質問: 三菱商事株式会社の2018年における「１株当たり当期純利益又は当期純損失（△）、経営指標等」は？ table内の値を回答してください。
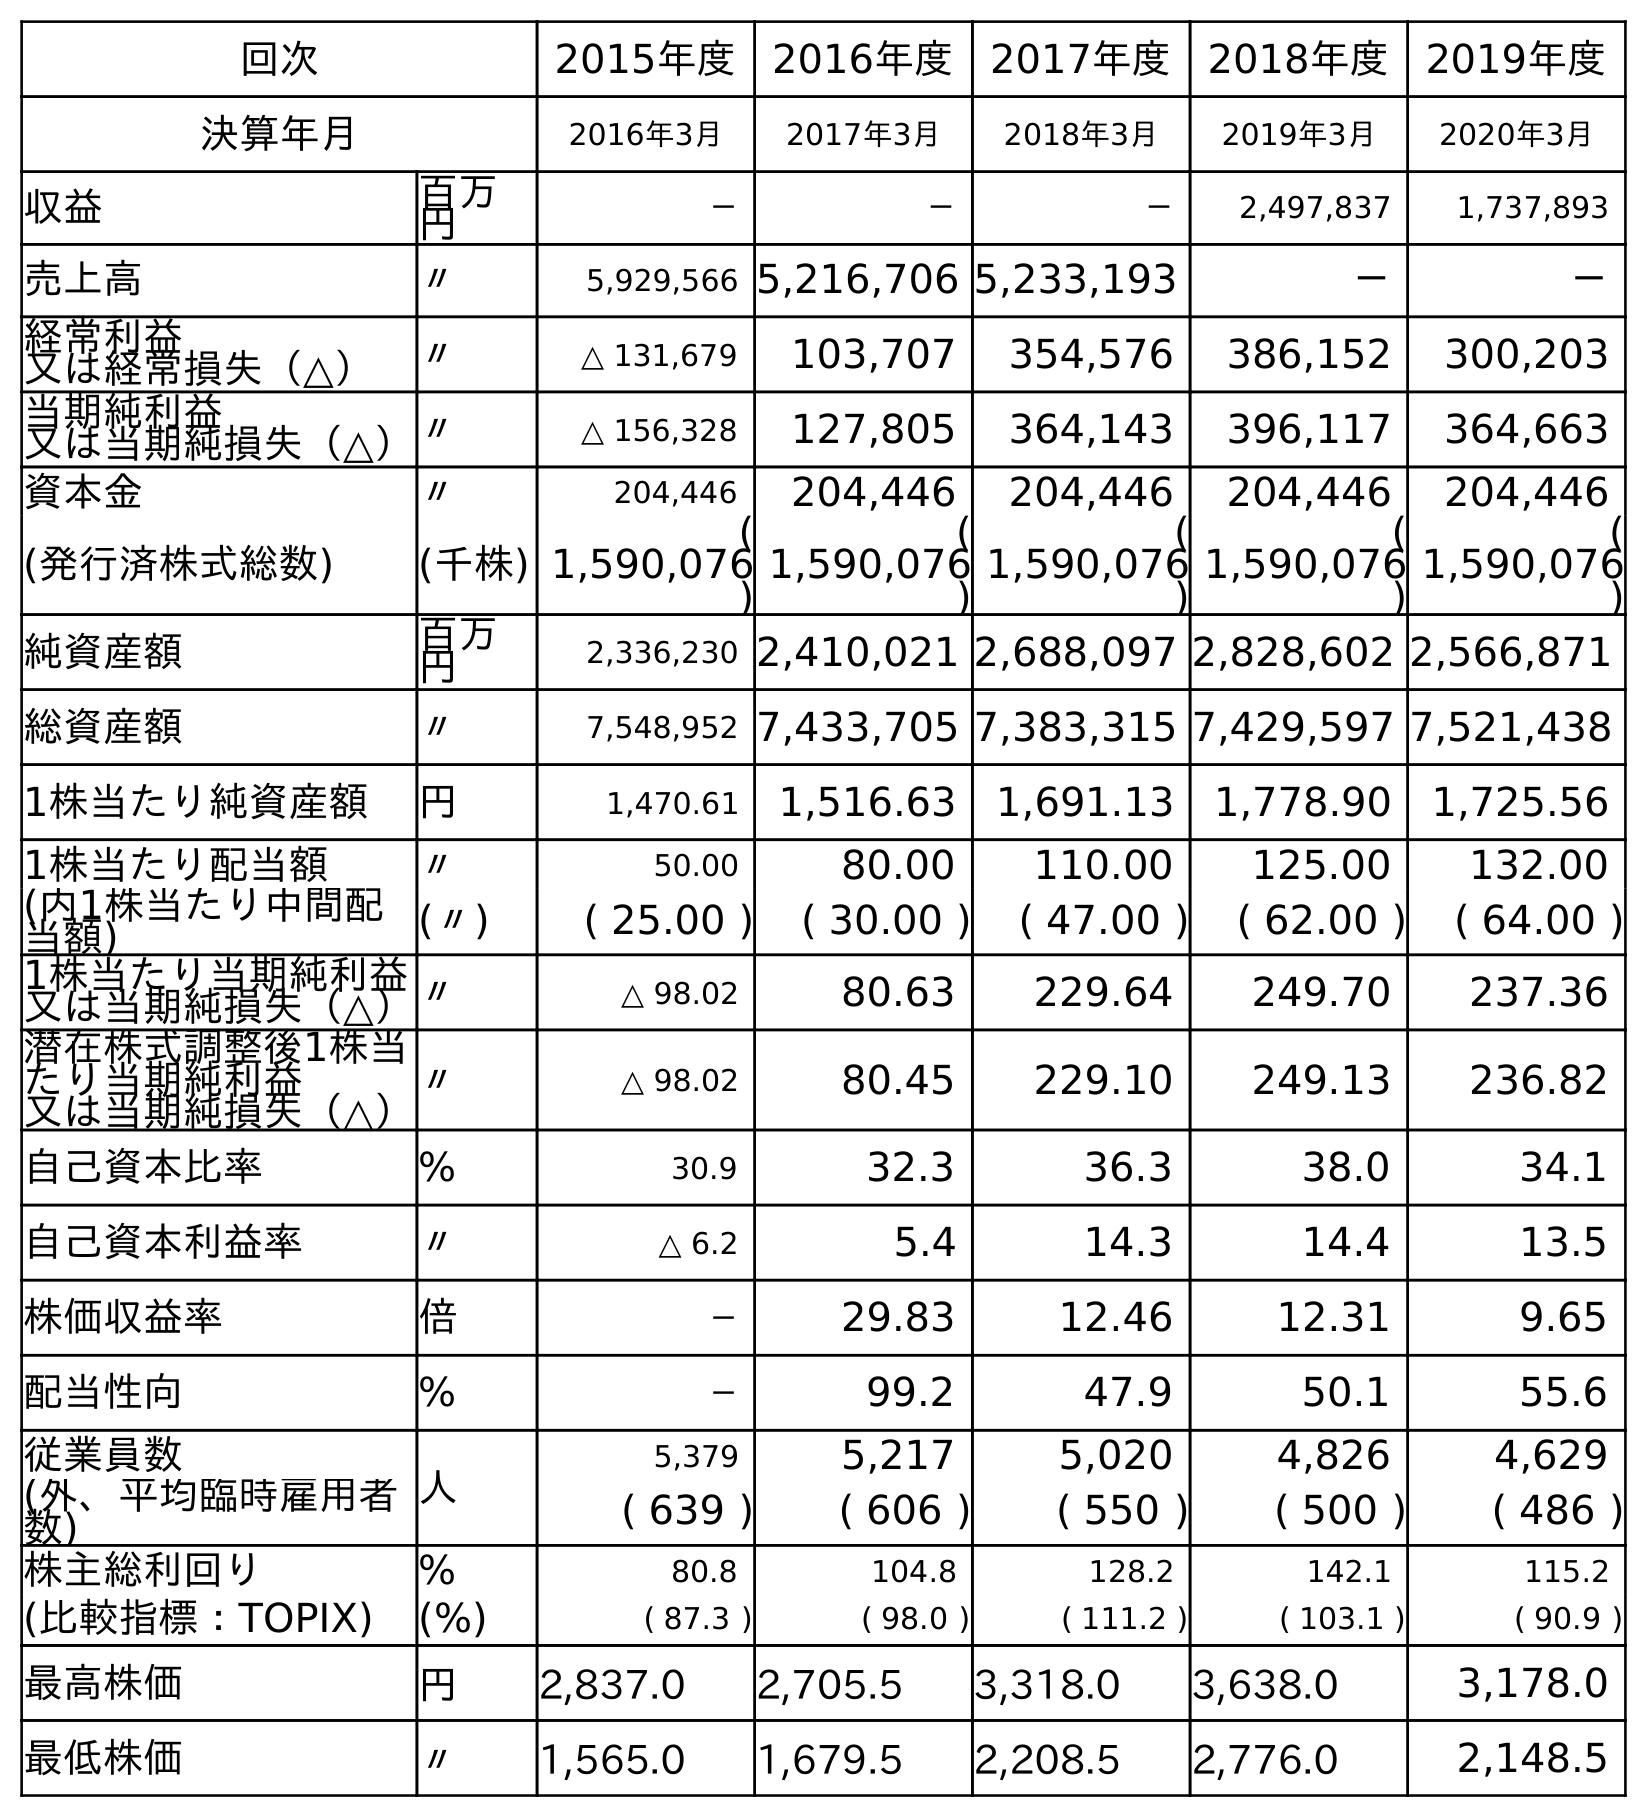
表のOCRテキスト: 回次 2015年度 2016年度 2017年度 2018年度 2019年度 決算年月 2016年3月 2017年3月 2018年3月 2019年3月 2020年3月 収益 百万 円 － － － 2,497,837 1,737,893 売上高 〃 5,929,566 5,216,706 5,233,193 － － 経常利益 又は経常損失（△） 〃 △ 131,679 103,707 354,576 386,152 300,203 当期純利益 又は当期純損失（△）〃 △ 156,328 127,805 364,143 396,117 364,663 資本金 〃 204,446 204,446 204,446 204,446 204,446 (発行済株式総数) (千株) ( 1,590,076 ) ( 1,590,076 ) ( 1,590,076 ) ( 1,590,076 ) ( 1,590,076 ) 純資産額 百万 円 2,336,230 2,410,021 2,688,097 2,828,602 2,566,871 総資産額 〃 7,548,952 7,433,705 7,383,315 7,429,597 7,521,438 1株当たり純資産額 円 1,470.61 1,516.63 1,691.13 1,778.90 1,725.56 1株当たり配当額 〃 50.00 80.00 110.00 125.00 132.00 (内1株当たり中間配 当額) (〃) ( 25.00 ) ( 30.00 ) ( 47.00 ) ( 62.00 ) ( 64.00 ) 1株当たり当期純利益 又は当期純損失（△）〃 △ 98.02 80.63 229.64 249.70 237.36 潜在株式調整後1株当 たり当期純利益 又は当期純損失（△） 〃 △ 98.02 80.45 229.10 249.13 236.82 自己資本比率 % 30.9 32.3 36.3 38.0 34.1 自己資本利益率 〃 △ 6.2 5.4 14.3 14.4 13.5 株価収益率 倍 － 29.83 12.46 12.31 9.65 配当性向 % － 99.2 47.9 50.1 55.6 従業員数 人 5,379 5,217 5,020 4,826 4,629 (外、平均臨時雇用者 数) ( 639 ) ( 606 ) ( 550 ) ( 500 ) ( 486 ) 株主総利回り % 80.8 104.8 128.2 142.1 115.2 (比較指標：TOPIX) (%) ( 87.3 ) ( 98.0 ) ( 111.2 ) ( 103.1 ) ( 90.9 ) 最高株価 円 2,837.0 2,705.5 3,318.0 3,638.0 3,178.0 最低株価 〃 1,565.0 1,679.5 2,208.5 2,776.0 2,148.5
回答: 229.64